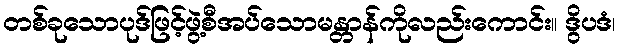
တစ်ခုသောပုဒ်ဖြင့်ဖွဲ့စီအပ်သောမန္တာန်ကိုလည်းကောင်း။ ဒွိပဒံ၊